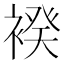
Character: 䙆